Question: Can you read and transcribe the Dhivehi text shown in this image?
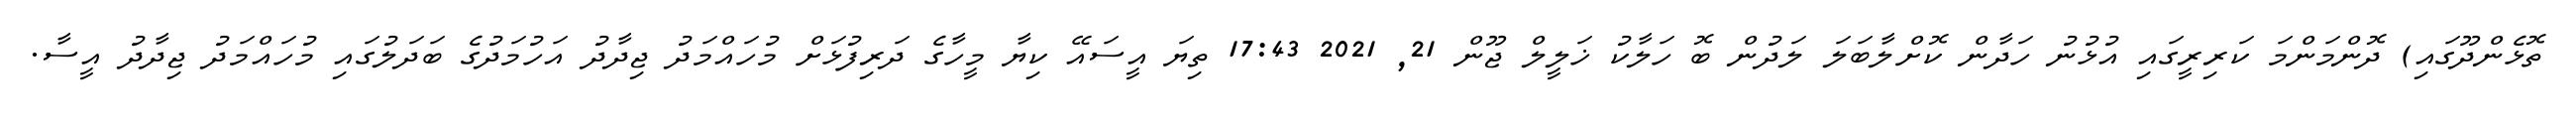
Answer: ތޮޅެންދޫގައި) ދޮންމަންމަ ކަރިރީގައި އުޅުނު ހަދާން ކޮށްލާބަލަ ލަދުން ބޮ ހަލާކު ޚަލީލް ޖޫން 21, 2021 17:43 ތިޔަ އީސައޭ ކިޔާ މީހާގެ ދަރިފުޅަށް މުހައްމަދު ޖިދާދު އަހުމަދުގެ ބަދަލުގައި މުހައްމަދު ޖިދާދު އީސާ.